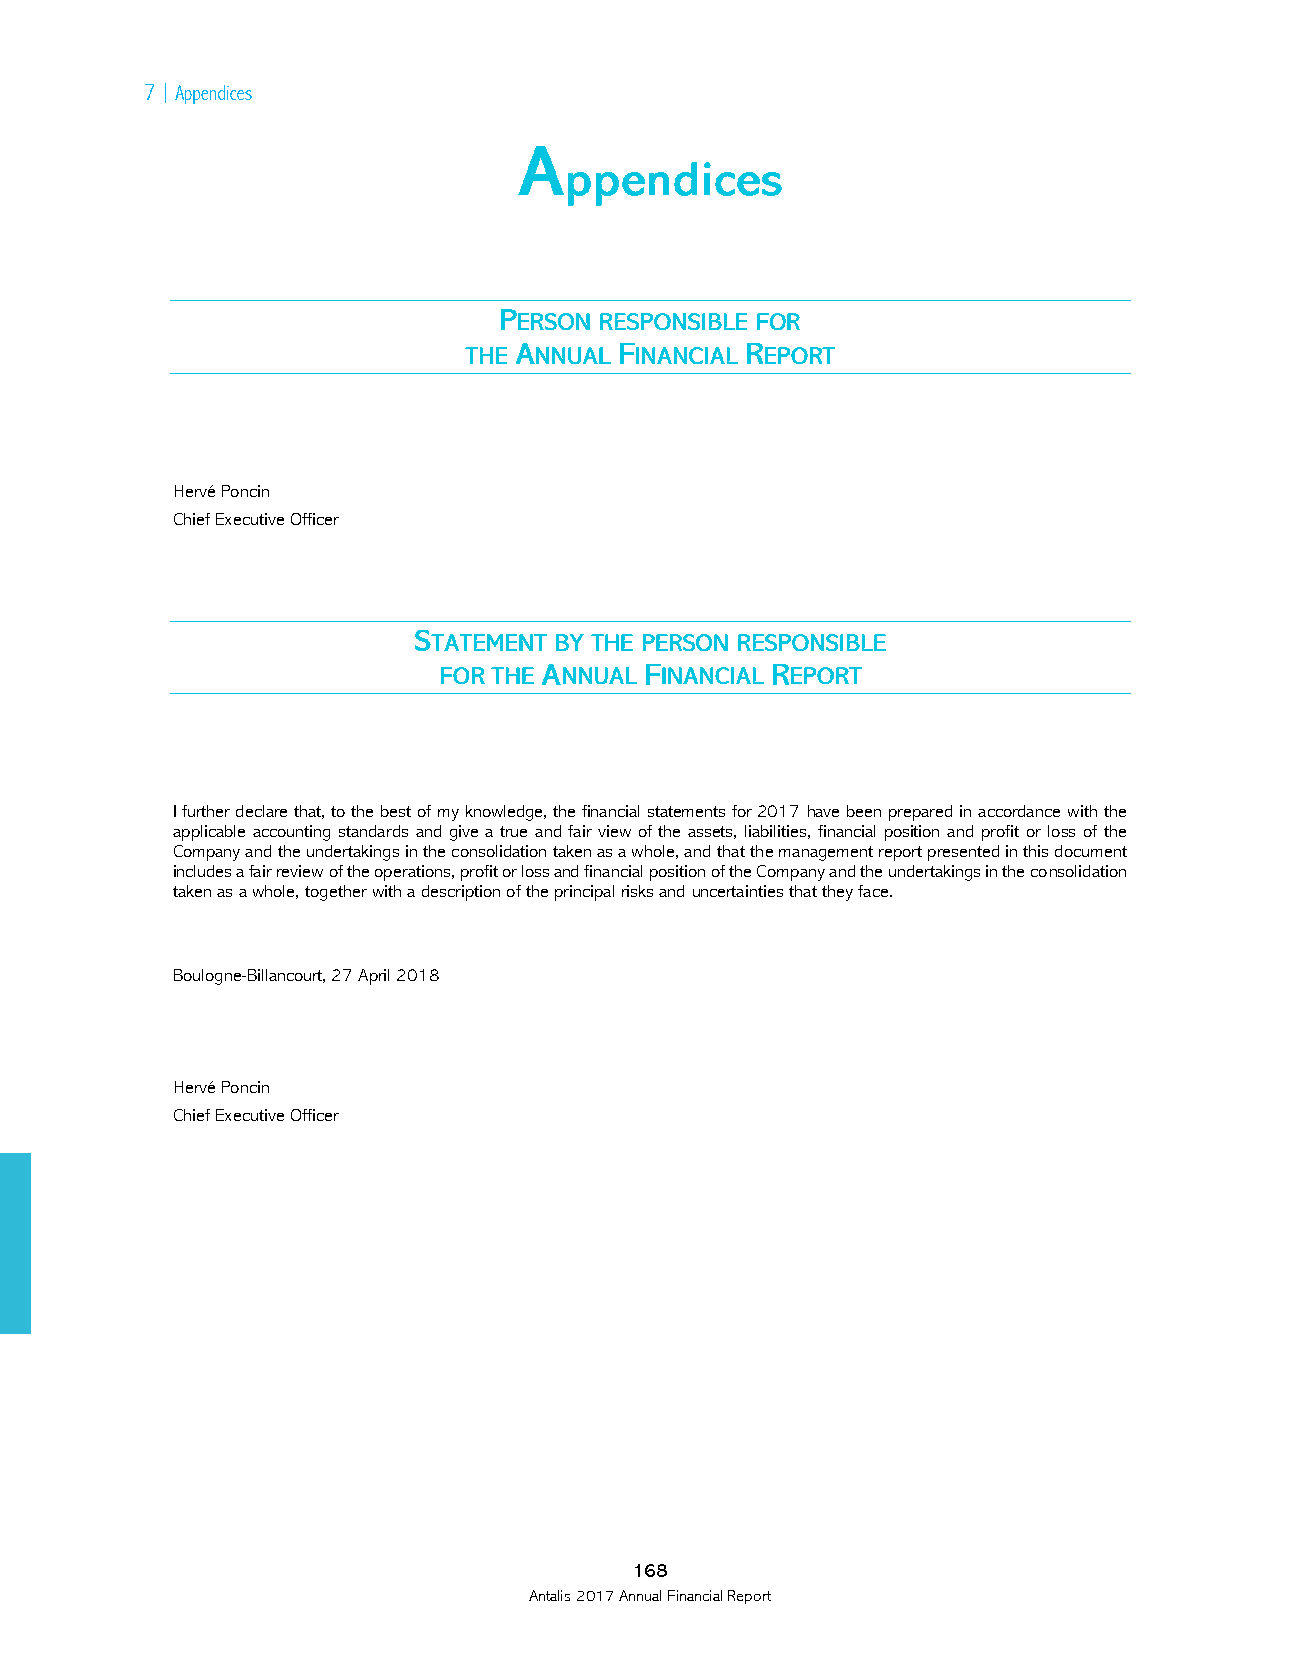

 Hervé Poncin
 Chief Executive Officer
 I further declare that, to the best of my knowledge, the financial statements for 2017 have been prepared in accordance with the
 applicable accounting standards and give a true and fair view of the assets, liabilities, financial position and profit or loss of the
 Company and the undertakings in the consolidation taken as a whole, and that the management report presented in this document
 includes a fair review of the operations, profit or loss and financial position of the Company and the undertakings in the consolidation
 taken as a whole, together with a description of the principal risks and uncertainties that they face.
 Boulogne-Billancourt, 27 April 2018
 Hervé Poncin
 Chief Executive Officer
 168
 Antalis 2017 Annual Financial Report